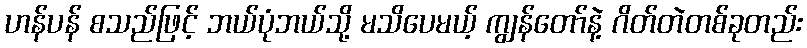
ဟန်ပန် စသည်ဖြင့် ဘယ်ပုံဘယ်သို့ မသိပေမယ့် ကျွန်တော်နဲ့ ဂိတ်တဲတစ်ခုတည်း